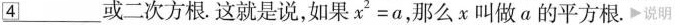
\underline{4} 或二次方根。这就是说，如果$$x^{2}=a$$，那么x叫做a的平方根。说明